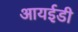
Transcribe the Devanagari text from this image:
आयईडी